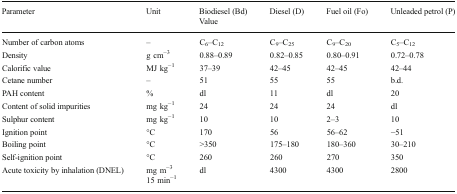
| <ROWSPAN=2> Parameter | <ROWSPAN=2> Unit | Biodiesel (Bd) | Diesel (D) | Fuel oil (Fo) | Unleaded petrol (P) |
 | <COLSPAN=4> Value |
 | --- | --- | --- | --- | --- | --- |
 | Number of carbon atoms | – | C6–C12 | C9–C25 | C9–C20 | C5–C12 |
 | Density | g cm−3 | 0.88–0.89 | 0.82–0.85 | 0.80–0.91 | 0.72–0.78 |
 | Calorific value | MJ kg−1 | 37–39 | 42–45 | 42–45 | 42–44 |
 | Cetane number | – | 51 | 55 | 55 | b.d. |
 | PAH content | % | dl | 11 | dl | 20 |
 | Content of solid impurities | mg kg−1 | 24 | 24 | 24 | dl |
 | Sulphur content | mg kg−1 | 10 | 10 | 2–3 | 10 |
 | Ignition point | °C | 170 | 56 | 56–62 | −51 |
 | Boiling point | °C | >350 | 175–180 | 180–360 | 30–210 |
 | Self-ignition point | °C | 260 | 260 | 270 | 350 |
 | <ROWSPAN=2> Acute toxicity by inhalation (DNEL) | mg m−3 | <ROWSPAN=2> dl | <ROWSPAN=2> 4300 | <ROWSPAN=2> 4300 | <ROWSPAN=2> 2800 |
 | 15 min−1 |